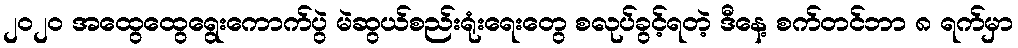
၂၀၂၀ အထွေထွေရွေးကောက်ပွဲ မဲဆွယ်စည်းရုံးရေးတွေ စလုပ်ခွင့်ရတဲ့ ဒီနေ့ စက်တင်ဘာ ၈ ရက်မှာ